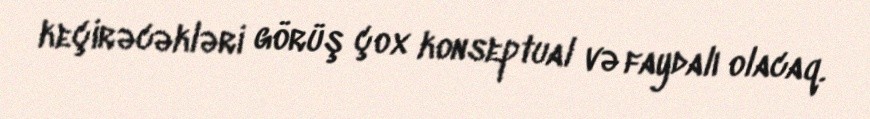
keçirəcəkləri görüş çox konseptual və faydalı olacaq.